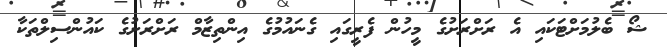
ޝޯ ބެލުމަށްޓަކައި އެ ރަށްރަށުގެ މީހުން ފެރީގައި ގެނައުމުގެ އިންތިޒާމް ރަށްރަށުގެ ކައުންސިލްތަކާ